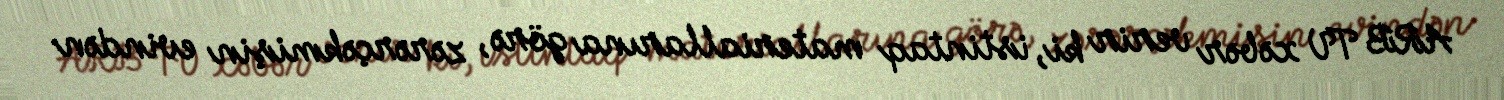
ARB TV xəbər verir ki, istintaq materiallarına görə, zərərçəkmişin evindən